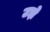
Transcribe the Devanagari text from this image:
उझे